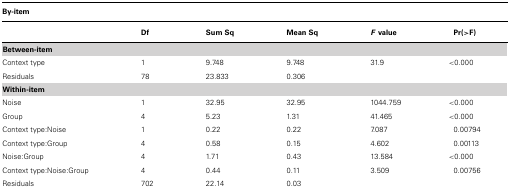
<table><thead><tr><td><b>By-item</b></td></tr><tr><td></td><td><b>Df</b></td><td><b>Sum Sq</b></td><td><b>Mean Sq</b></td><td><b><i>F</i>value</b></td><td><b>Pr(&gt;F)</b></td></tr></thead><tbody><tr><td><b>Between-item</b></td><td></td><td></td><td></td><td></td><td></td></tr><tr><td>Context type</td><td>1</td><td>9.748</td><td>9.748</td><td>31.9</td><td>&lt;0.000</td></tr><tr><td>Residuals</td><td>78</td><td>23.833</td><td>0.306</td><td></td><td></td></tr><tr><td><b>Within-item</b></td><td></td><td></td><td></td><td></td><td></td></tr><tr><td>Noise</td><td>1</td><td>32.95</td><td>32.95</td><td>1044.759</td><td>&lt;0.000</td></tr><tr><td>Group</td><td>4</td><td>5.23</td><td>1.31</td><td>41.465</td><td>&lt;0.000</td></tr><tr><td>Context type:Noise</td><td>1</td><td>0.22</td><td>0.22</td><td>7.087</td><td>0.00794</td></tr><tr><td>Context type:Group</td><td>4</td><td>0.58</td><td>0.15</td><td>4.602</td><td>0.00113</td></tr><tr><td>Noise:Group</td><td>4</td><td>1.71</td><td>0.43</td><td>13.584</td><td>&lt;0.000</td></tr><tr><td>Context type:Noise:Group</td><td>4</td><td>0.44</td><td>0.11</td><td>3.509</td><td>0.00756</td></tr><tr><td>Residuals</td><td>702</td><td>22.14</td><td>0.03</td><td></td><td></td></tr></tbody></table>